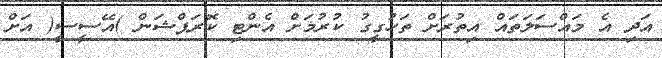
އަދި އެ މައްސަލަތައް އިތުރަށް ތަހުގީގު ކުރުމަށް އެންޓި ކޮރަޕްޝަން )އޭސީސީ( އަށް